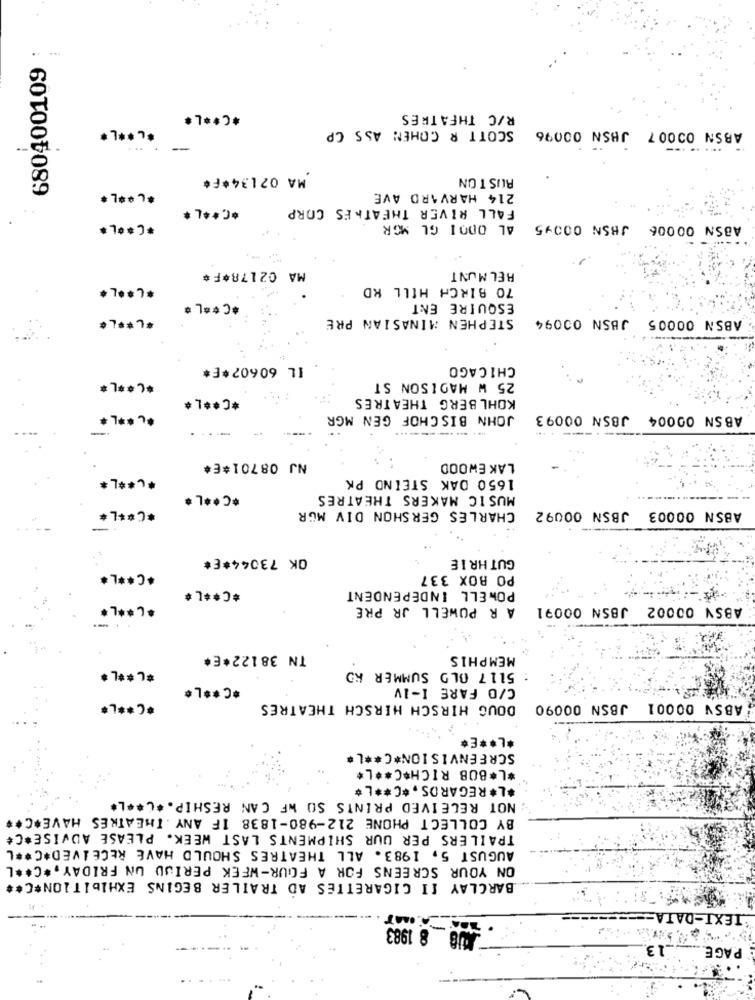
.... ..
680400109
*C ** L*
R/C THEATRES
*L ** L *
ABSN 00007 JHSN 00096 SCOTT R COHEN ASS CP
....
-
MA 02134*F*
ALS TON
*L ** L *
214 HARVARD AVE
*C ** L *
FALL RIVER THEATRES CORP
JBSN 00045 AL ODOI GL MGR
ABSN 00006
MA 02178*F#
BEL MUNT
70 BIRCH HILL RD
*C ** L *
ESQUIRE ENT
*L ** L*
STEPHEN MINASIAN PRE
ABSN 00005 JBSN 00094
IL 60602*E*
CHICAGO
**** L*
25 W MADISON ST
*C ** L*
KOHL BERG THEATRES
*. ** L *
JOHN BISCHOF GEN MGR
ABSN 00004 JBSN 00093
-
------
NJ 08701*E*
LAK EWOOD
*C ** L*
1650 DAK STEIND PK
*C ** L *
MUSIC MAKERS THEATRES
CHARLES GERSHON DIV MGR
ABSN 00003 JBSN 00092
*C ****
:=
OK 73044*E*
GUTHRIE
*C ****
PO BOX 337
*C ** L*
POWELL INDEPENDENT
*L ** L*
A R POWELL JR PRE
JBSN 00091
ABSY 00002
TN 38122*E*
MEMPHIS
5117 OLD SUMMER RD
****
*C ** L*
C/O FARE I-IV
**** L*
DOUG HIRSCH HIRSCH THEATRES
ABSV 00001 JBSN 00090
*L ** E*
SCREENVISION*C ** L*
*L*BOB RICH*C ** L*
*L*REGARDS .* C ** L*
NOT RECEIVED PRINTS SO WE CAN RESHIP .* C ** L*
BY COLLECT PHONE 212-980-1838 IF ANY . THEATRES HAVE*C **
TRAILERS PER UUR SHIPMENTS LAST WEEK. PLEASE ADVISE*C*
AUGUST 5, 1983. ALL THEATRES SHOULD HAVE RECEIVED*C ** L
ON YOUR SCREENS FOR A FOUR-WEEK PERIOD UN FRIDAY ,* C ** L
BARCLAY II CIGARETTES AD TRAILER BEGINS EXHIBITION*C **
T-DATA
TEX
KB _8 1983
13
PAGE